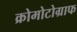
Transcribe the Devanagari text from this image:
क्रोमोटोग्राफ